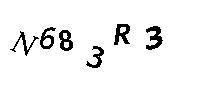
N683R3